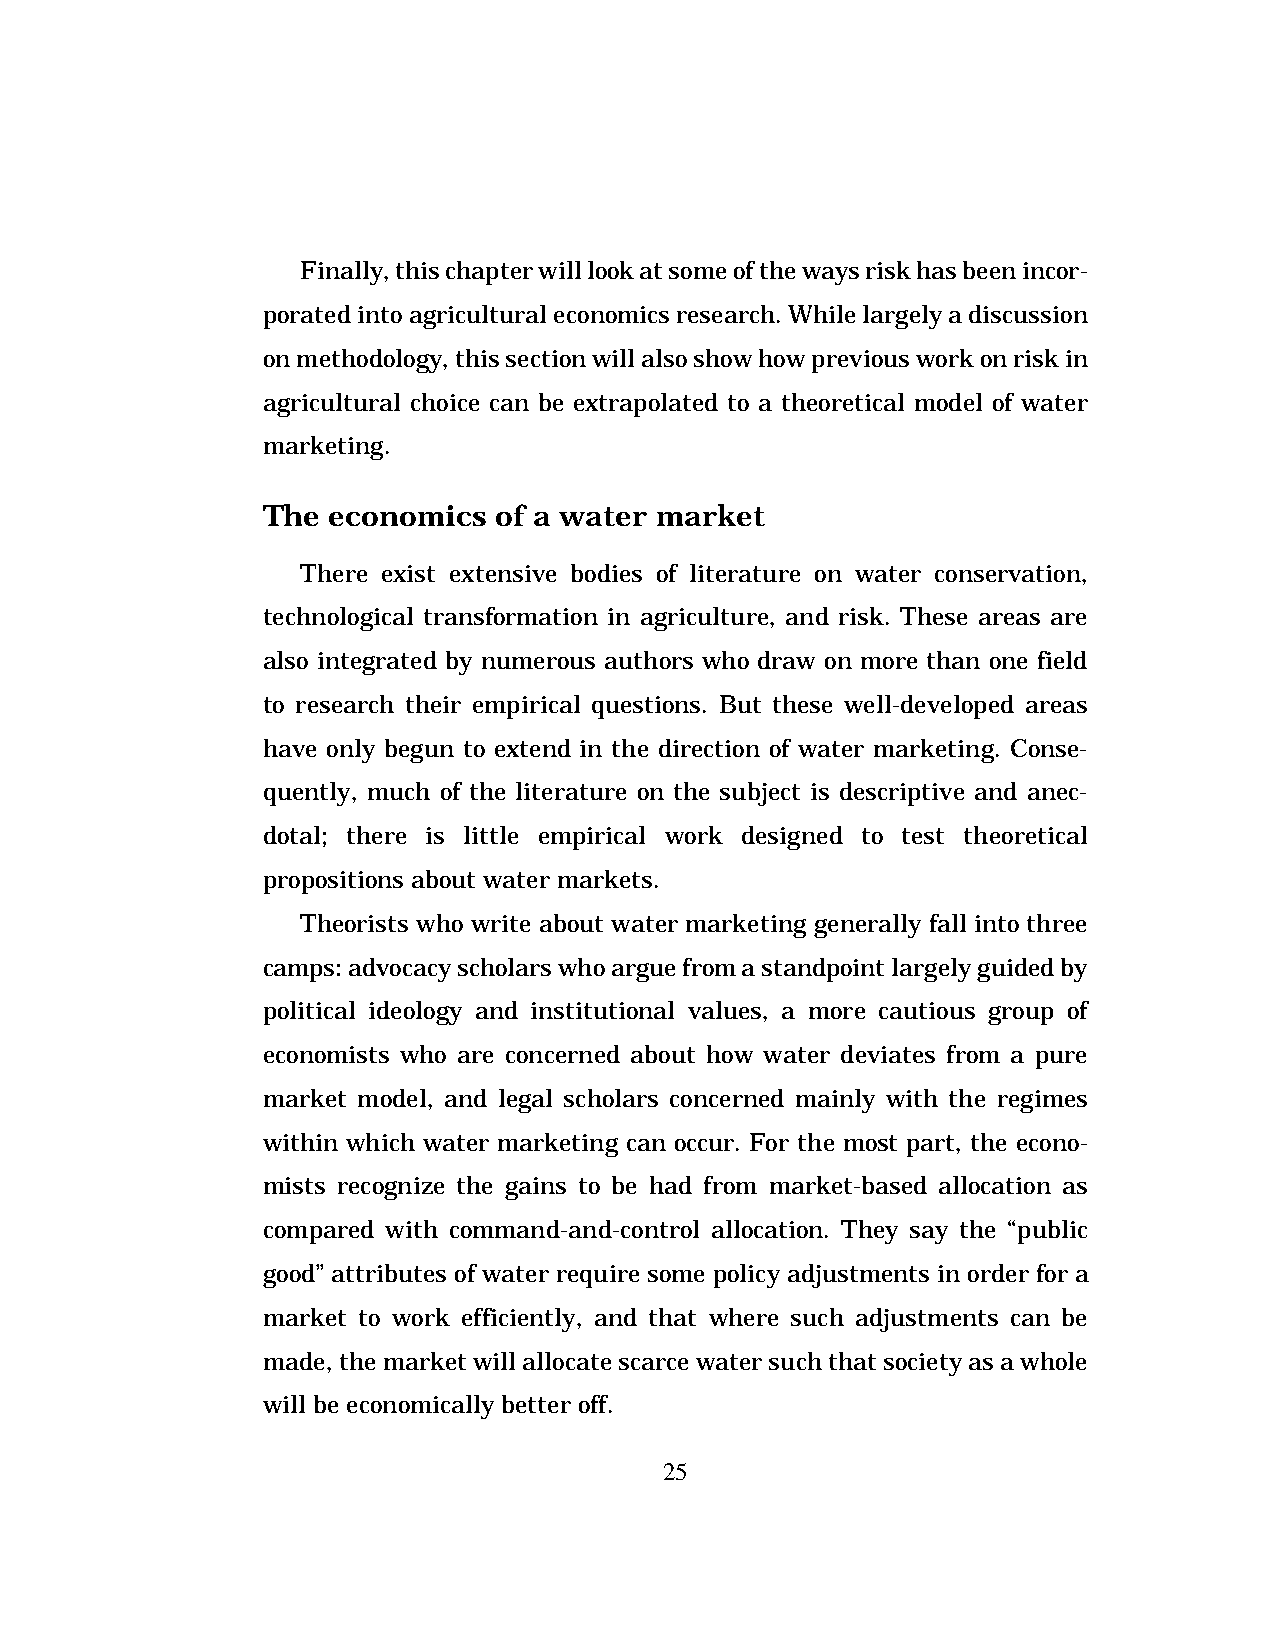
Finally, this chapter will look at some of the ways risk has been incor-
 porated into agricultural economics research. While largely a discussion
 on methodology, this section will also show how previous work on risk in
 agricultural choice can be extrapolated to a theoretical model of water
 marketing.
 The  economics  of a water market
 There exist extensive bodies of literature on water conservation,
 technological transformation in agriculture, and risk. These areas are
 also integrated by numerous authors who draw on more than one field
 to research their empirical questions. But these well-developed areas
 have only begun to extend in the direction of water marketing. Conse-
 quently, much of the literature on the subject is descriptive and anec-
 dotal; there is little empirical work designed to test theoretical
 propositions about water markets.
 Theorists who write about water marketing generally fall into three
 camps: advocacy scholars who argue from a standpoint largely guided by
 political ideology and institutional values, a more cautious group of
 economists who are concerned about how water deviates from a pure
 market model, and legal scholars concerned mainly with the regimes
 within which water marketing can occur. For the most part, the econo-
 mists recognize the gains to be had from market-based allocation as
 compared with command-and-control allocation. They say the “public
 good” attributes of water require some policy adjustments in order for a
 market to work efficiently, and that where such adjustments can be
 made, the market will allocate scarce water such that society as a whole
 will be economically better off.
 25